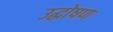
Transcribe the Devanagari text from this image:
उद्घोषण